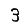
Digit: 3